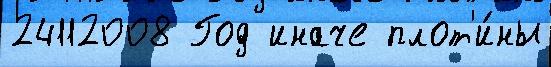
24112008 Год иначе плот'и́ны